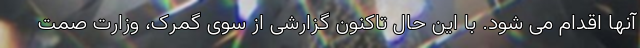
آنها اقدام می شود. با این حال تاکنون گزارشی از سوی گمرک، وزارت صمت